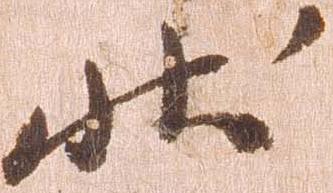
状